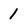
Character: 1